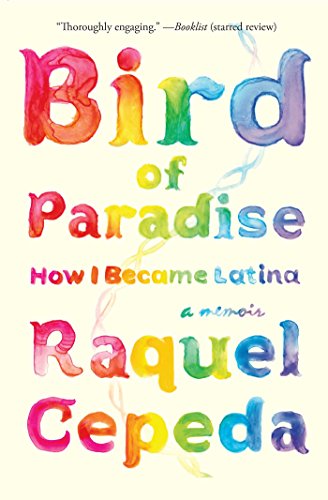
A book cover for Bird of Paradise: How I Became Latina; Raquel Cepeda; Biographies & Memoirs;